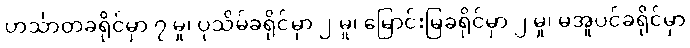
ဟင်္သာတခရိုင်မှာ ၇ မှု၊ ပုသိမ်ခရိုင်မှာ ၂ မှု၊ မြောင်းမြခရိုင်မှာ ၂ မှု၊ မအူပင်ခရိုင်မှာ